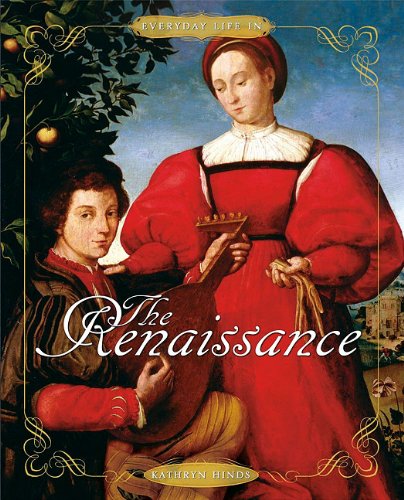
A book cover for Everyday Life in the Renaissance; Kathryn Hinds; Children's Books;